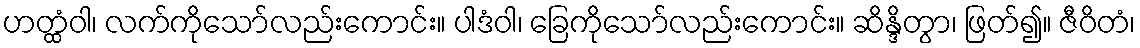
ဟတ္ထံဝါ၊ လက်ကိုသော်လည်းကောင်း။ ပါဒံဝါ၊ ခြေကိုသော်လည်းကောင်း။ ဆိန္ဒိတွာ၊ ဖြတ်၍။ ဇီဝိတံ၊